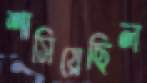
শাসিয়েছিল